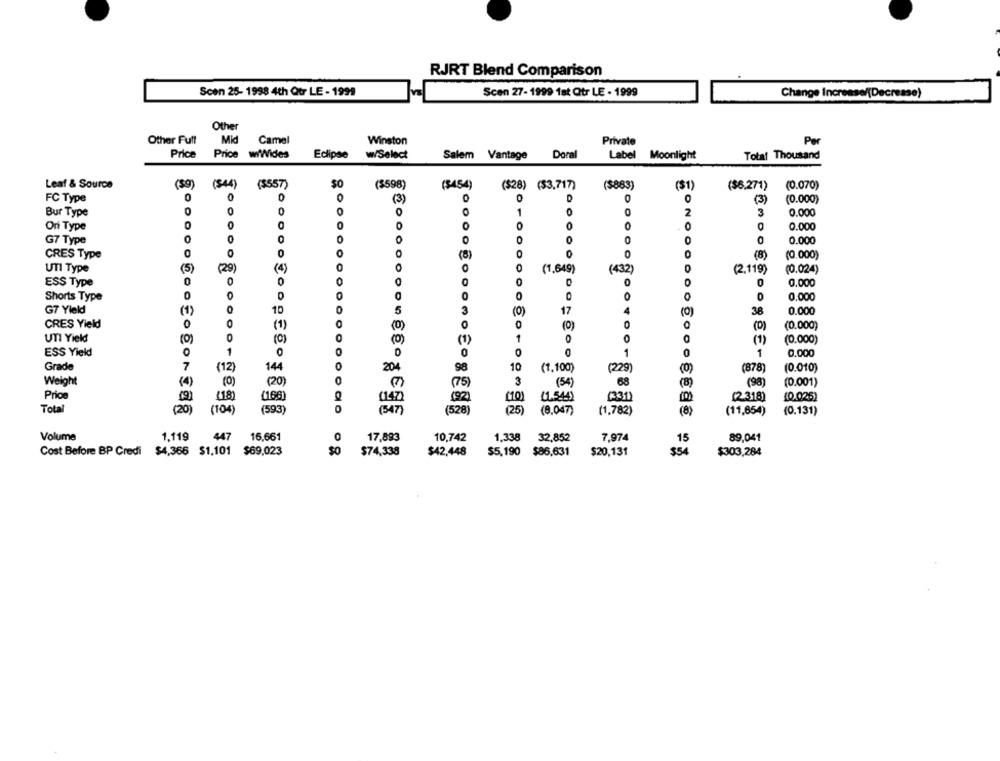
RJRT Blend Comparison
Scen 25- 1998 4th Qtr LE - 1999
Scen 27- 1999 1st Qtr LE - 1999
Change Increase/(Decrease)
Other
Other Full
Mid
Camel
Winston
Private
Per
Price
Price wiWides
Eclipse
w/Select
Salem Vantage
Doral
Label
Moonlight
Total Thousand
Leaf & Source
($9)
(844)
($557)
($598)
($454)
($28) ($3,717)
($863)
(31)
($6.271)
(0.070)
FC Type
0
0
0
0
0
0
(3)
(3)
(0.000)
Bur Type
0
0
0
0
1
2
3
0.000
Oni Type
O
0
0
0
0.000
G7 Type
0
0
0
0
0
0
0
0
0.000
0
CRES Type
0
0
0
(8)
(0.000)
UTI Type
(5)
(29)
0
(1,649)
(432)
(2,119)
(0.024)
ESS Type
0
0
0
0.000
0
0
Shorts Type
0
0
0
0
0
0
0
0.000
G7 Yield
10
5
3
(O)
17
4
(0)
38
0.000
CRES Yield
0
0
(1)
(0)
0
(0)
0
0
(O)
(0.000)
UTI Yield
(O)
0
(0)
(1)
1
0
0
(1)
(0.000)
1
ESS Yield
0
0
0
1
0
1
0.000
144
10
Grade
(12)
204
98
(1.100)
(229)
(878)
(0.010)
Weight
0
3
(4)
(0)
(20)
(75)
(54)
68
(98)
(0.001)
(18)
(92)
Price
(166)
147
(10)
11.544)
(331)
100
(2 318)
(0.025)
Total
(20)
(104
(593)
(528)
(25)
(8,047)
(1,782)
(11,654)
(0.131)
Volume
1.119
447
16,661
0
17,893
10,742
1,338
32.852
7,974
15
89.041
Cost Before BP Credi
$4,366 $1,101
$69,023
$74,338
$42,448
$5,190
$20,131
$54
$303,284